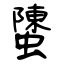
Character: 螴